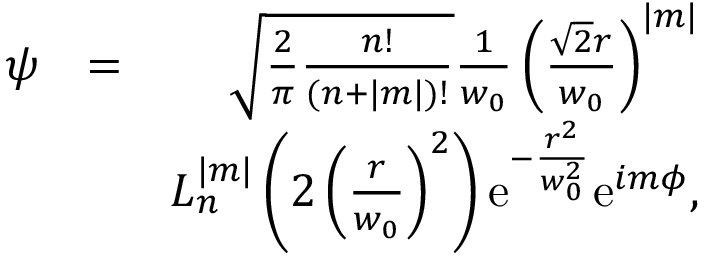
\begin{array} { r l r } { \psi } & { = } & { \sqrt { \frac { 2 } { \pi } \frac { n ! } { ( n + | m | ) ! } } \frac { 1 } { w _ { 0 } } \left( \frac { \sqrt { 2 } r } { w _ { 0 } } \right) ^ { | m | } } \\ & { } & { L _ { n } ^ { | m | } \left( 2 \left( \frac { r } { w _ { 0 } } \right) ^ { 2 } \right) \mathrm { e } ^ { - \frac { r ^ { 2 } } { w _ { 0 } ^ { 2 } } } \mathrm { e } ^ { i m \phi } , } \end{array}